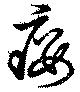
癭